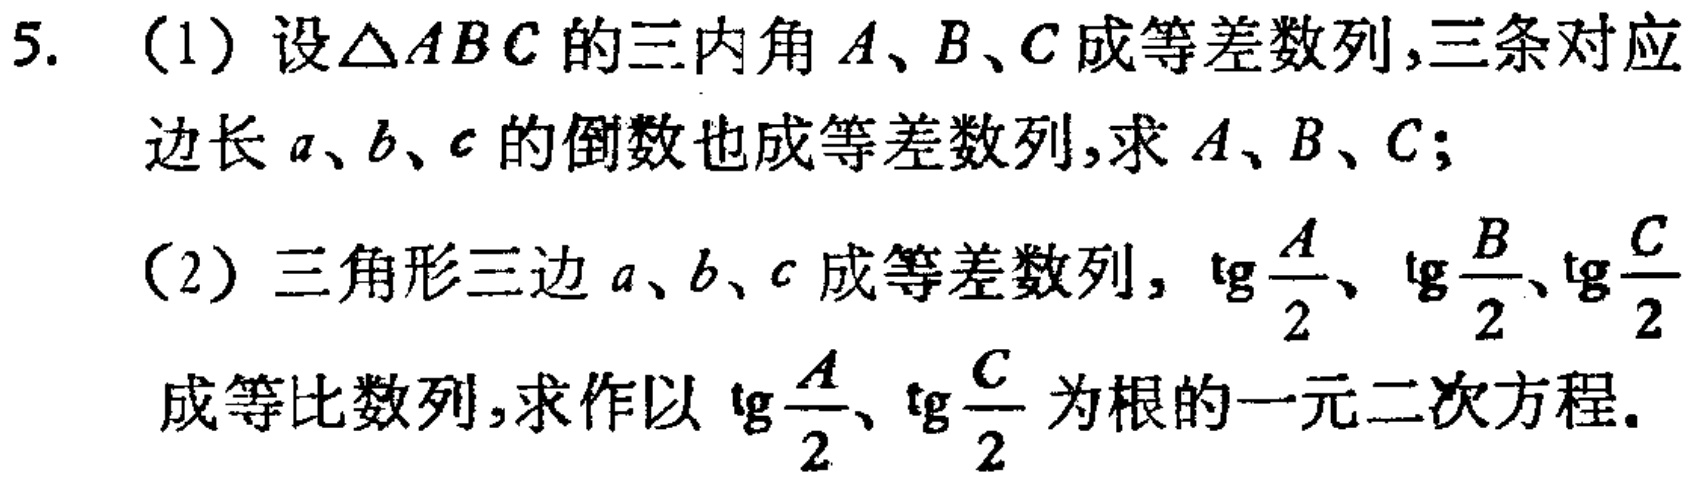
5. (1) 设\(\triangle ABC\)的三内角\(A\)、\(B\)、\(C\)成等差数列，三条对应边长\(a\)、\(b\)、\(c\)的倒数也成等差数列，求\(A\)、\(B\)、\(C\)；
(2) 三角形三边\(a\)、\(b\)、\(c\)成等差数列，\(\tg\frac{A}{2}\)、\(\tg\frac{B}{2}\)、\(\tg\frac{C}{2}\)成等比数列，求作以\(\tg\frac{A}{2}\)、\(\tg\frac{C}{2}\)为根的一元二次方程。